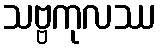
သဗ္ဗကုလဿ